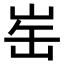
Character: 𪨲